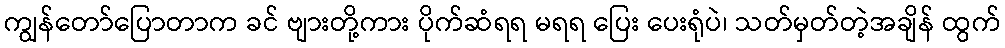
ကျွန်တော်ပြောတာက ခင် ဗျားတို့ကား ပိုက်ဆံရရ မရရ ပြေး ပေးရုံပဲ၊ သတ်မှတ်တဲ့အချိန် ထွက်